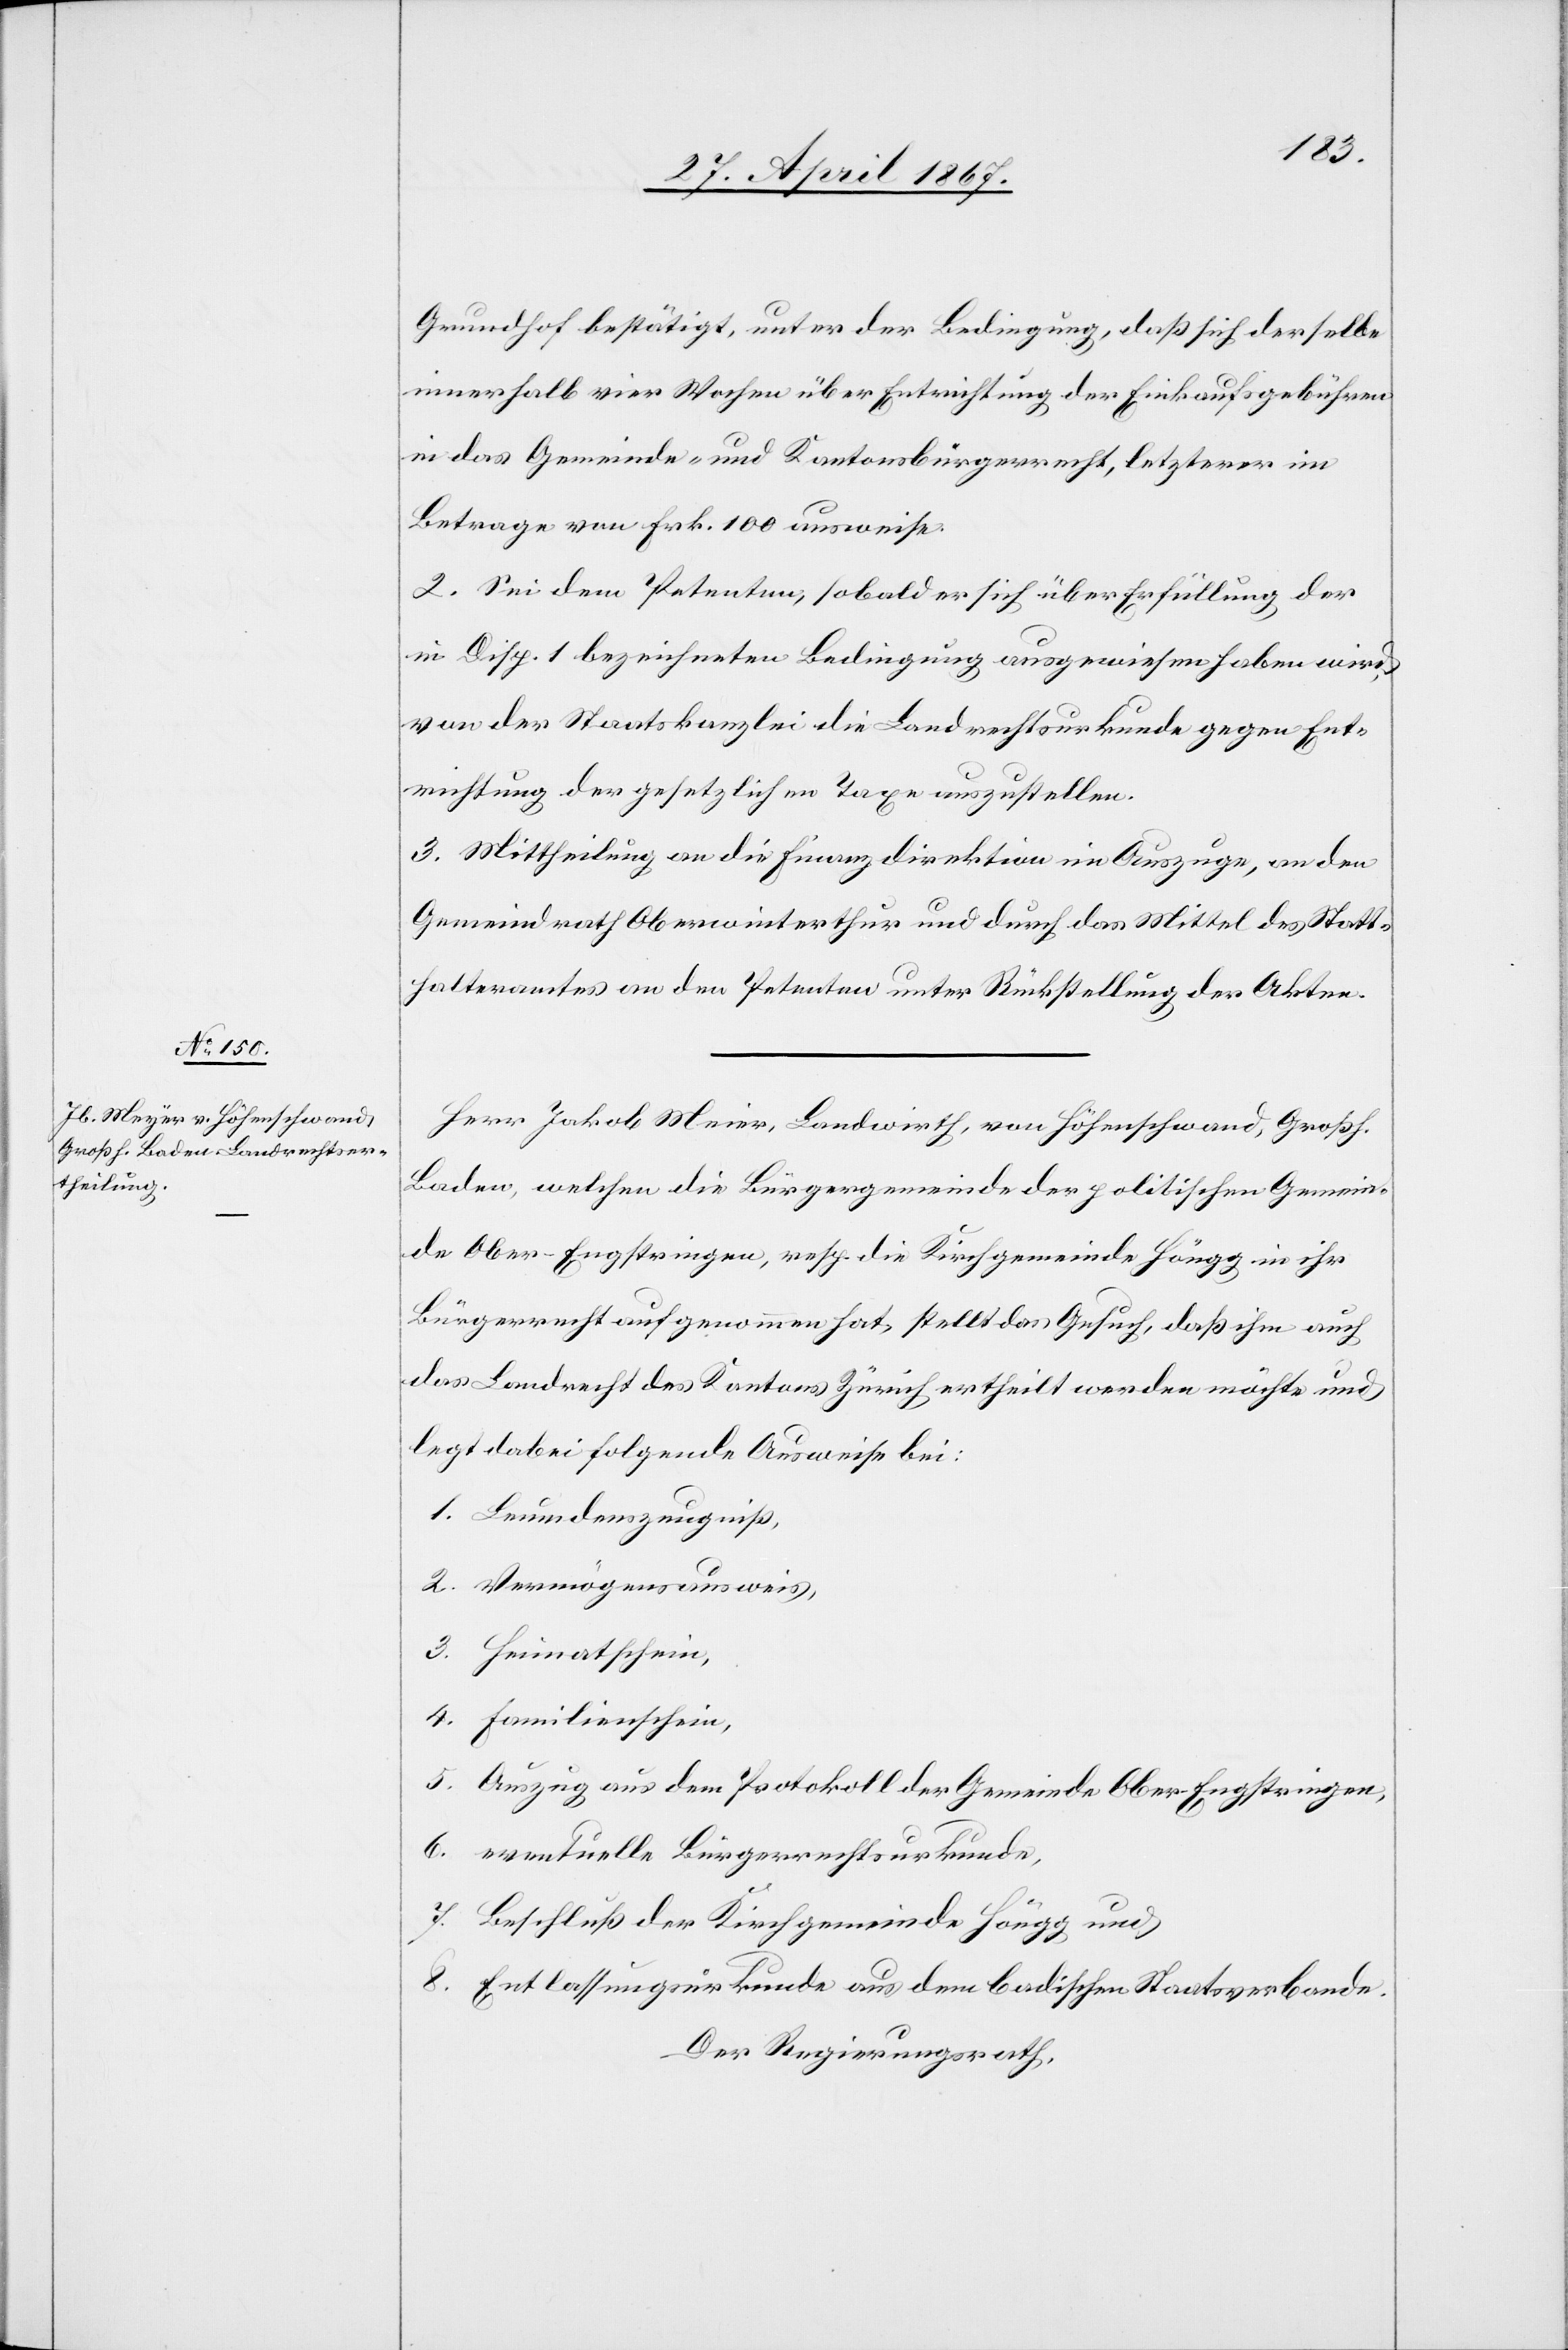
Grundhof bestätigt, unter der Bedingung, daß sich derselbe
innerhalb vier Wochen über Entrichtung der Einkaufsgebühren
in das Gemeinde- und Kantonsbürgerrecht, letzterer im
Betrage von Frk. 100 ausweise.
2. Sei dem Petenten, sobald er sich über Erfüllung der
in Disp. 1 bezeichneten Bedingungen ausgewiesen haben wird,
von der Staatskanzlei die Landrechtskurkunde gegen Ent¬
richtung der gesetzlichen Taxe auszustellen.
3. Mittheilung an die Finanzdirektion im Auszuge, an den
Gemeindrath Oberwinterthur und durch das Mittel des Statt¬
halteramtes an den Petenten unter Rückstellung der Akten.
Herr Jakob Meier, Landwirth, von Höhenschwand, Großh.
Baden, welchen die Bürgergemeinde der politischen Gemein¬
de Ober-Engstringen, resp. die Kirchgemeinde Höngg in ihr
Bürgerrecht aufgenommen hat, stellt das Gesuch, daß ihm auch
das Landrecht des Kantons Zürich ertheilt werden möchte und
legt dabei folgende Ausweise bei:
1. Leumdenszeugniß,
2. Vermögensausweis,
3. Heimatschein,
4. Familienschein,
5. Auszug aus dem Protokoll der Gemeinde Ober-Engstringen,
6. eventuelle Bürgerrechtsurkunde,
7. Beschluß der Kirchgemeinde Höngg und
8. Entlassungsurkunde aus dem badischen Staatsverbande.
Der Regierungsrath,